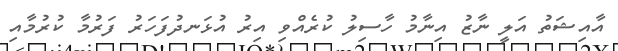
އާއިޝަތު އަލީ ނާޒު އިނާމު ހާސިލު ކުރެއްވި އިރު އުޅަނދުފަހަރު ފަރުމާ ކުރުމާއި